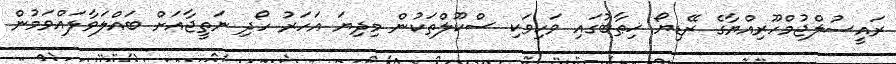
ރައީސުލްޖުމްހޫރިއްޔާގެ ރޭޑިޔޯ ޚިޠާބުގައި ވަކިވަކި ސްކޫލްތަކުން މިދިޔަ އަހަރު ހޯދި ނަތީޖާއަށް ބައްލަވާލައްވަމުން